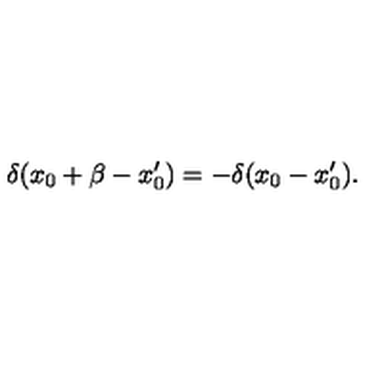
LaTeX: \delta ( x _ { 0 } + \beta - x _ { 0 } ^ { \prime } ) = - \delta ( x _ { 0 } - x _ { 0 } ^ { \prime } ) .